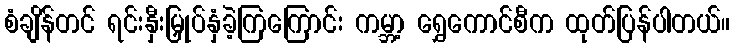
စံချိန်တင် ရင်းနှီးမြှုပ်နှံခဲ့ကြကြောင်း ကမ္ဘာ့ ရွှေကောင်စီက ထုတ်ပြန်ပါတယ်။